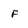
Character: F